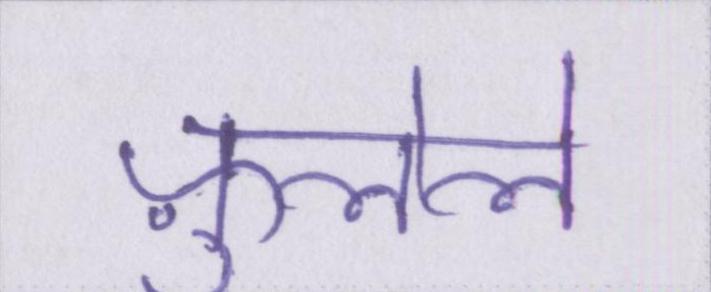
फ़ुलेले